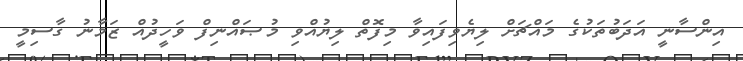
އިންސާނީ އަދަބުތަކުގެ މައްޗަށް ލިޔެވިފައިވާ މިފޮތް ލިޔުއްވި މުޞައްނިފް ވަހީދުއް ޒަމާނު ގާސިމީ